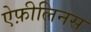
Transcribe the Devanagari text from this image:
ऐफ़ीलिनस